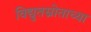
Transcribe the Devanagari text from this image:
विद्युतस्रोताच्या